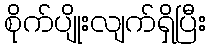
စိုက်ပျိုးလျက်ရှိပြီး